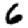
Digit: 6